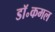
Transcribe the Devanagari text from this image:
डॉ॰कमल